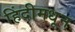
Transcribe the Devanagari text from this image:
हिंदीमधून